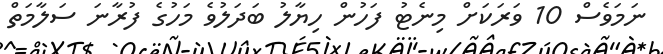
ނަމަވެސް 10 ވަރަކަށް މިނެޓު ފަހުން ހިޔާލު ބަދަލުވެ މަހުގެ ފުރާނަ ސަލާމަތް